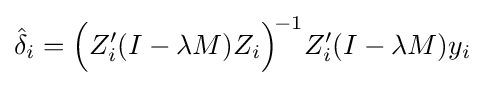
{\hat {\delta }}_{i}={\Big (}Z'_{i}(I-\lambda M)Z_{i}{\Big )}^{\!-1}Z'_{i}(I-\lambda M)y_{i}